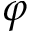
\varphi